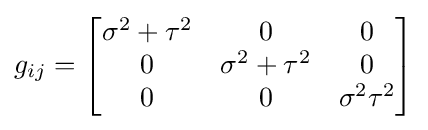
g_{ij}={\begin{bmatrix}\sigma ^{2}+\tau ^{2}&0&0\\0&\sigma ^{2}+\tau ^{2}&0\\0&0&\sigma ^{2}\tau ^{2}\end{bmatrix}}